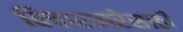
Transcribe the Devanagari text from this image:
विचारधारेसाठी